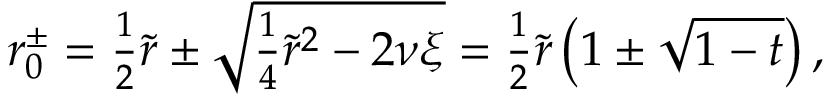
\begin{array} { r } { r _ { 0 } ^ { \pm } = \frac { 1 } { 2 } \tilde { r } \pm \sqrt { \frac { 1 } { 4 } \tilde { r } ^ { 2 } - 2 \nu \xi } = \frac { 1 } { 2 } \tilde { r } \left( 1 \pm \sqrt { 1 - t } \right) , } \end{array}